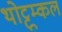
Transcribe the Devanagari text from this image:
थोट्टूम्कल